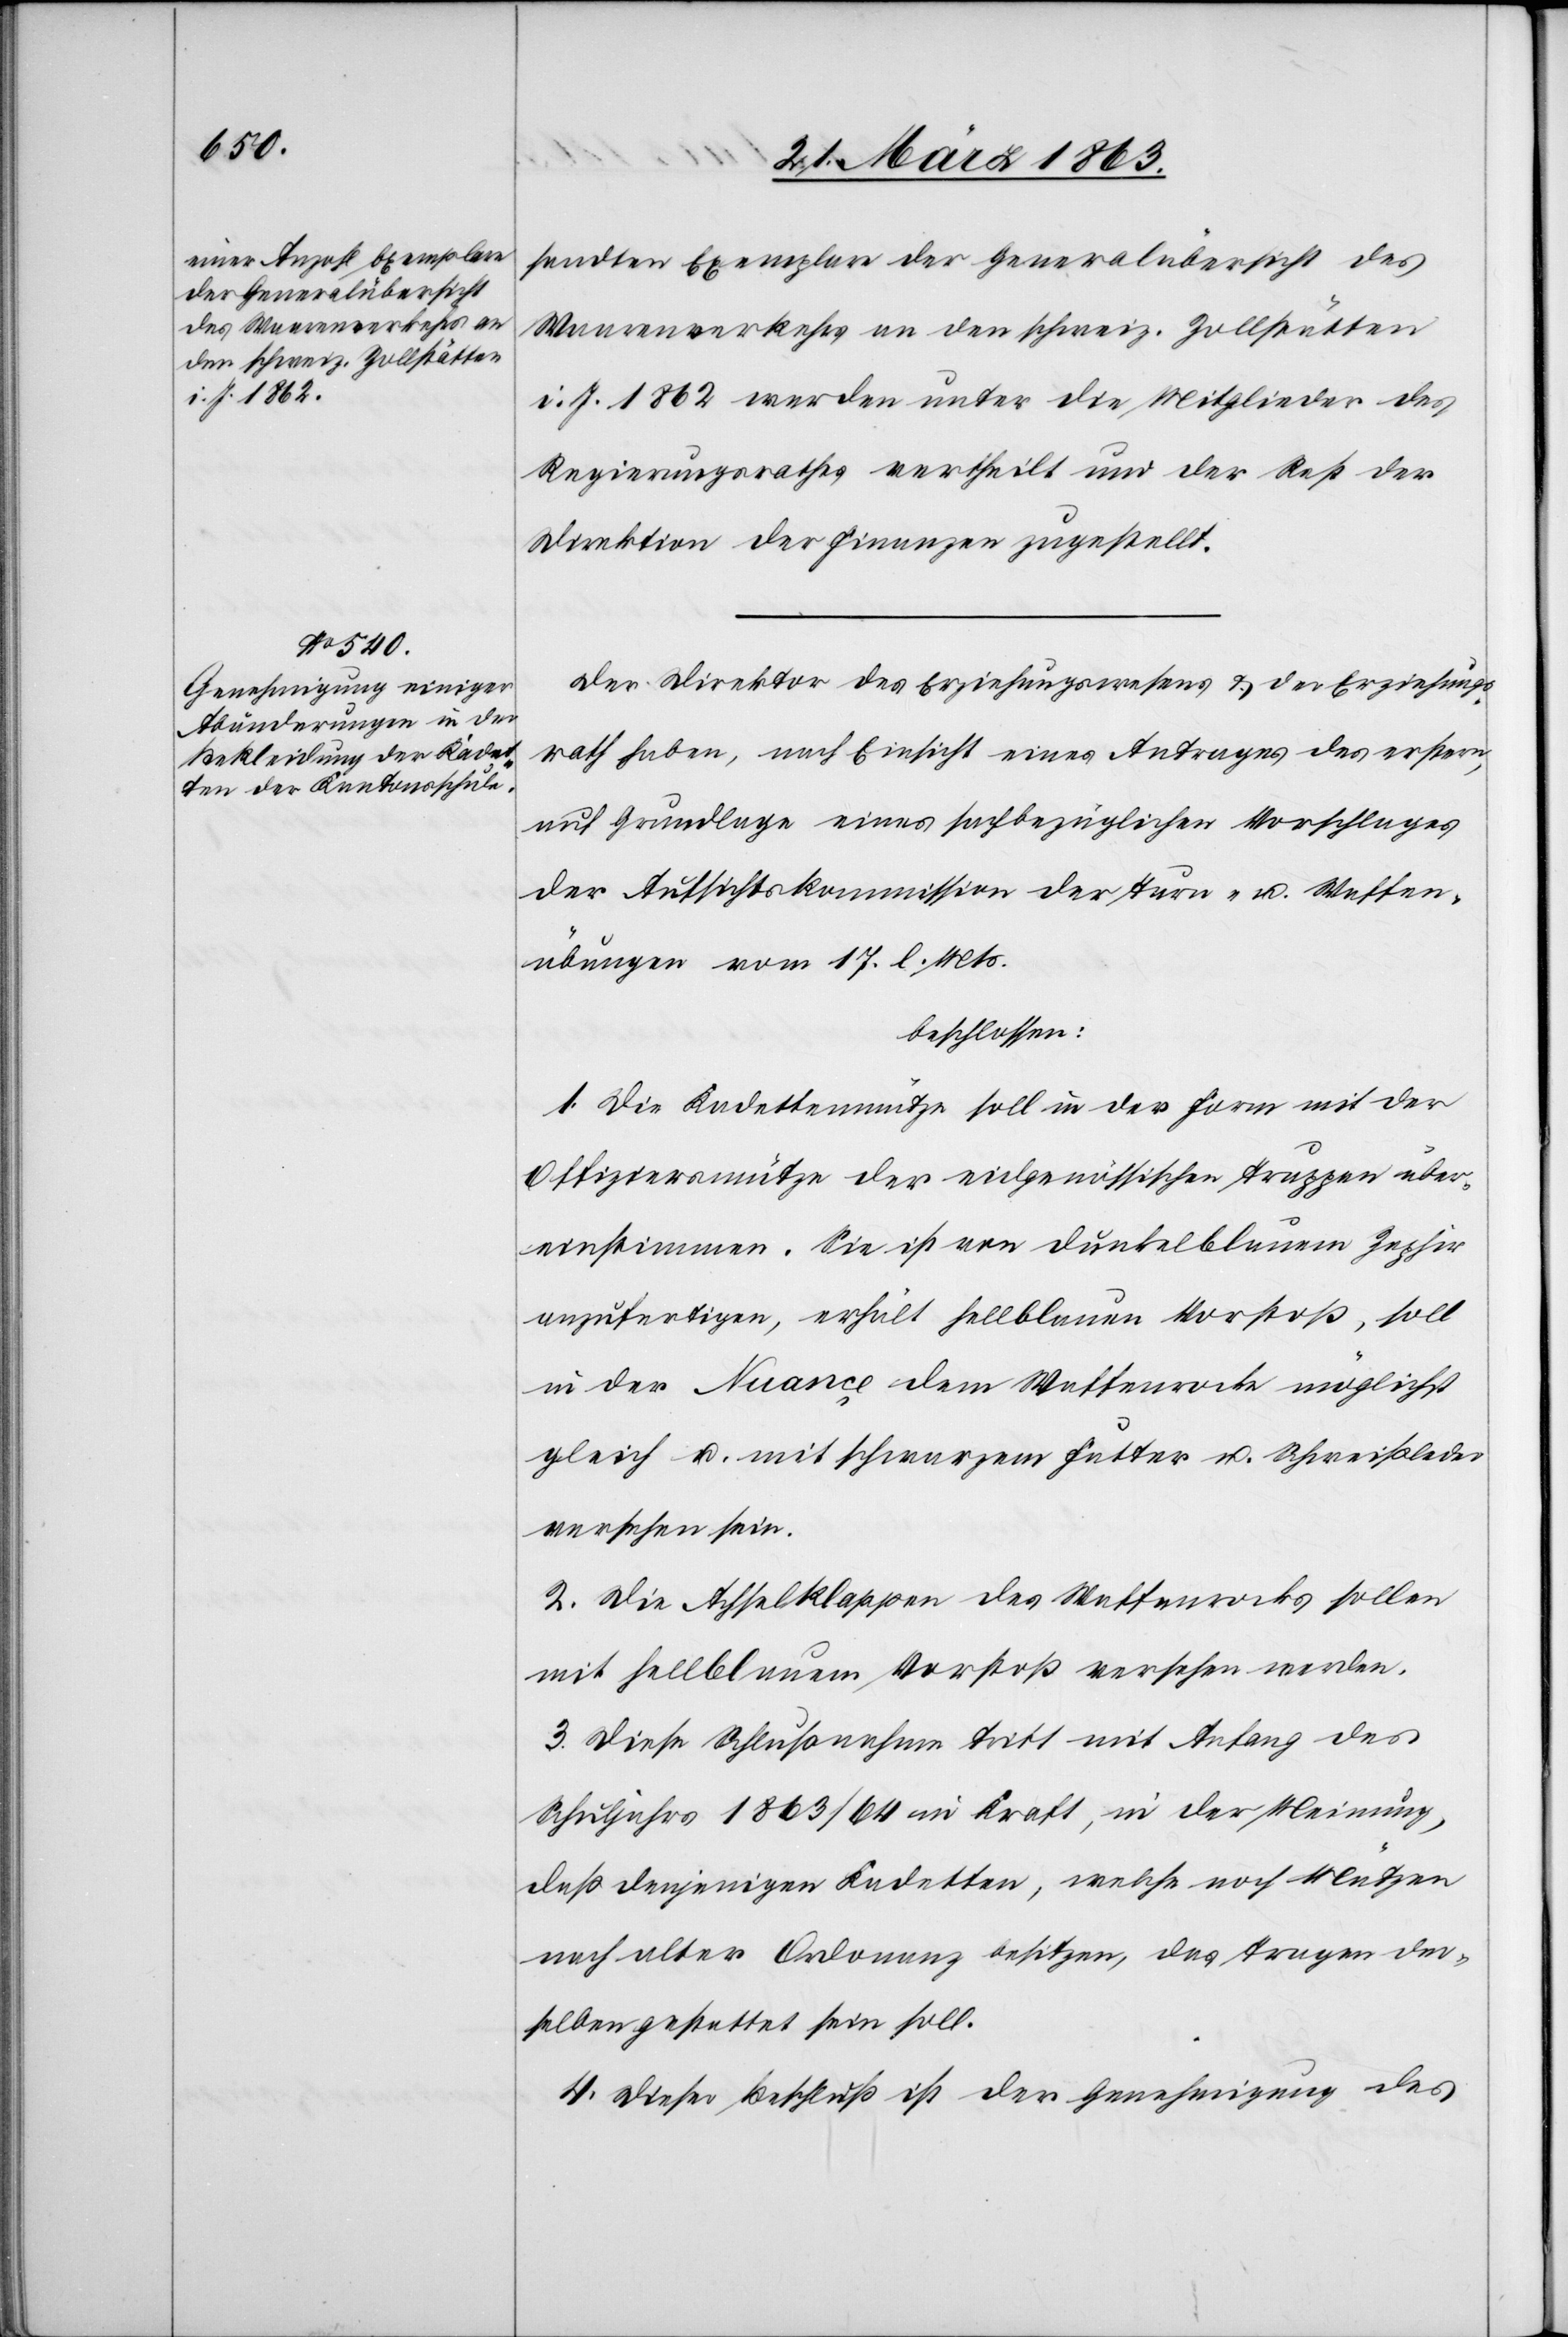
sandten Exemplare der Generalübersicht des
Waarenverkehrs an den schweiz. Zollstätten
i. J. 1862 werden unter die Mitglieder des
Regierungsrathes vertheilt und der Rest der
Direktion der Finanzen zugestellt.
Der Direktor des Erziehungswesens & der Erziehungs¬
rath haben, nach Einsicht eines Antrages des erstern,
auf Grundlage eines sachbezüglichen Vorschlages
der Aufsichtskommission der Turn- u. Waffen¬
übungen vom 17. l. Mts.
beschlossen:
1. Die Kadettenmütze soll in der Form mit der
Offiziersmütze der eidgenössischen Truppen über¬
einstimmen. Sie ist von dunkelblauem Zephir
anzufertigen, erhält hellblauen Vorstoß, soll
in der Nuançe dem Waffenrocke möglichst
gleich u. mit schwarzem Futter u. Schweißleder
versehen sein.
2. Die Achselklappen des Waffenrocks sollen
mit hellblauem Vorstoß versehen werden.
3. Diese Schlußnahme tritt mit Anfang des
Schuljahrs 1863/64 in Kraft, in der Meinung,
daß denjenigen Kadetten, welche noch Mützen
nach alter Ordonanz besitzen, das Tragen der¬
selben gestattet sein soll.
4. Dieser Beschluß ist der Genehmigung des